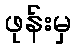
ဖုန်းမှ